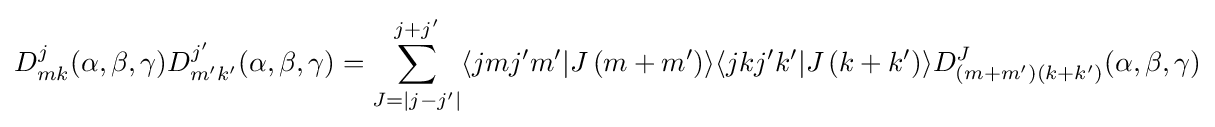
D_{mk}^{j}(\alpha ,\beta ,\gamma )D_{m'k'}^{j'}(\alpha ,\beta ,\gamma )=\sum _{J=|j-j'|}^{j+j'}\langle jmj'm'|J\left(m+m'\right)\rangle \langle jkj'k'|J\left(k+k'\right)\rangle D_{\left(m+m'\right)\left(k+k'\right)}^{J}(\alpha ,\beta ,\gamma )